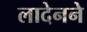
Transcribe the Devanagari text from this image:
लादेनने